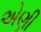
એણી